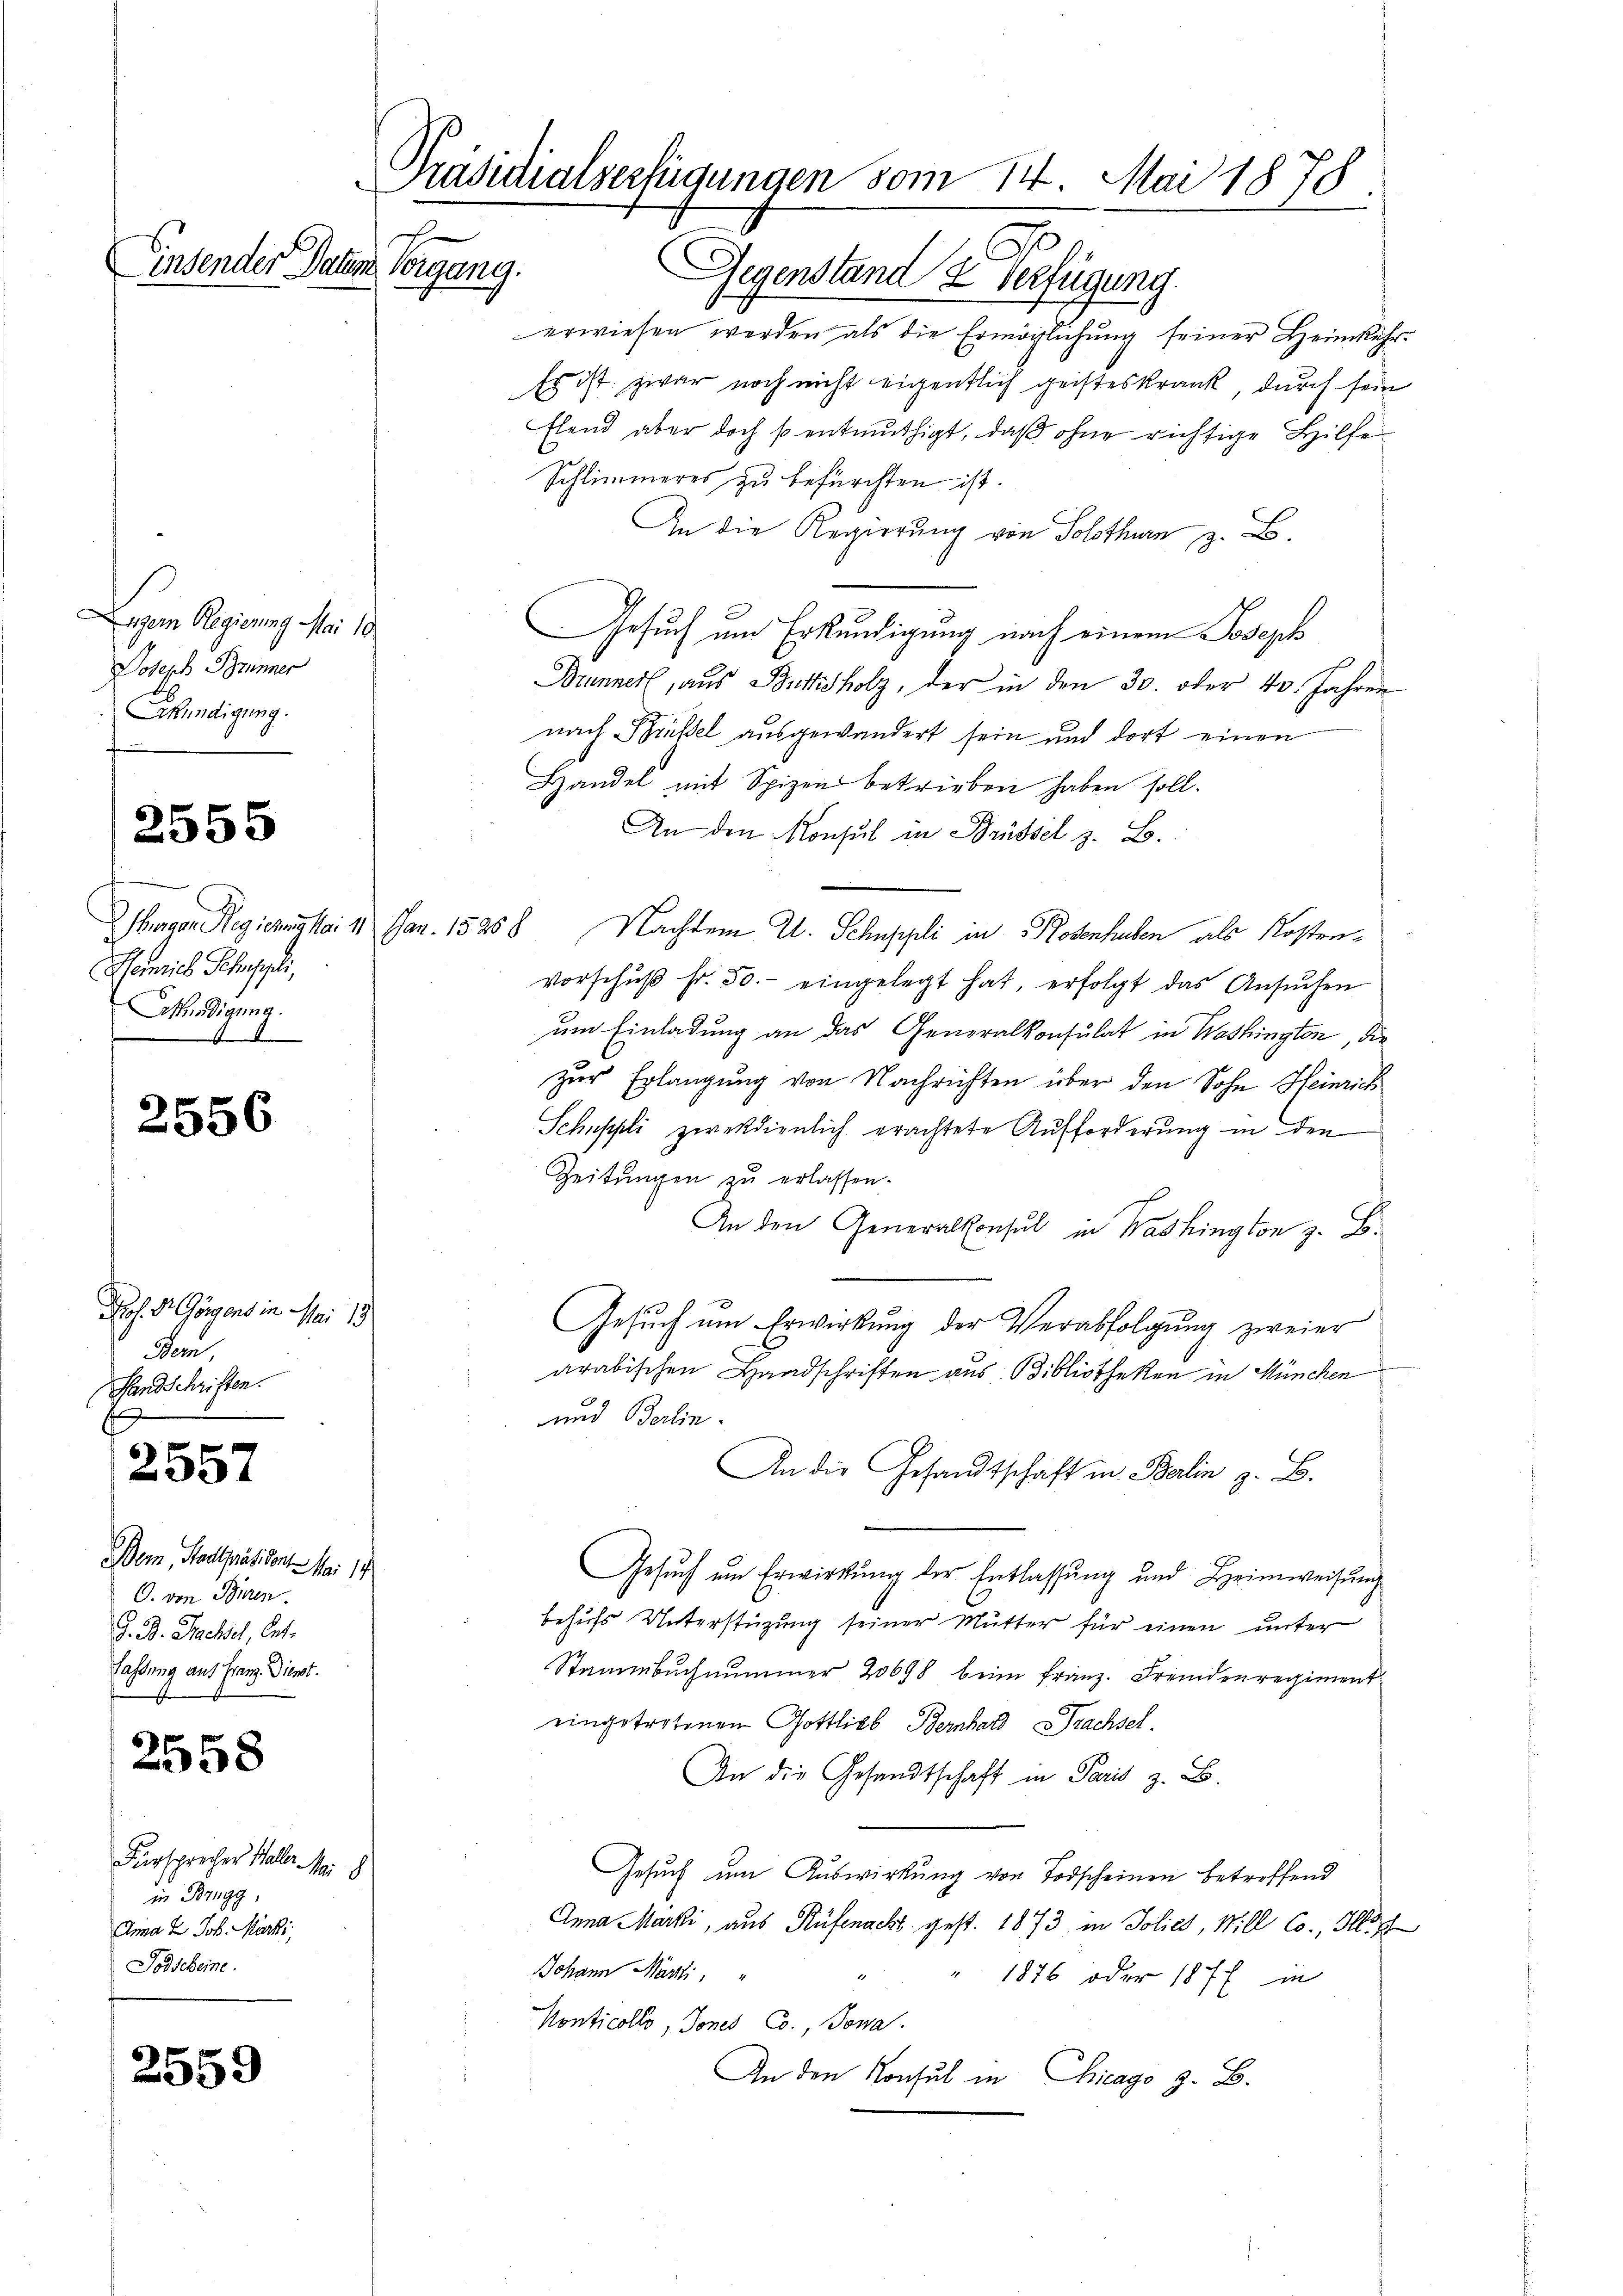
Ligem Regierung Mai 18
Joseph Brünner
Skündigung.

Präsidialsertigungen vom 14. Mai 1878
J
insender Datum Vorgang.

2555

Remich Schuppli,
Atledigung.

2556

Prof. Dr. Görgens in Mai 19
Bem,
Handschriften.
E

2557

Bem, Stadtpräsident. Mai 19
O. von Büren.
G. B. Nachsel, Cat.
lassung aus Franz. Dienst.

2558

Fürsprecher Waller. Mai 8
in Brugg,
Anna & Joh. Marki,
Todscheine.

2559

Gegenstand & Verfügung.
erwiesen werden als die Ermöglichung seiner Heimkehr¬
Es ist zwar noch nicht eigentlich geisteskrank, durch sein
Elend aber doch so entmuthigt, daß ohne richtige Hilfe
Schlimmeres zu befürchten ist.
An die Regierung von Solothurn, z. B.
Gesuch um Erkundigung nach einem Joseph
Brunner, aus Buchholz, der in den 30. oder 40. Jahren
nach Brüssel ausgewandert sein und dort einen
Handel mit Spizen betrieben haben soll.
An den Monsul in Brüssel z. B.
hagen Regierungsa: 4. Jan. 15258 Nachdem U. Schuppli in Rosenhaben als Kosten¬
Vorschŭβ fr. 50.- eingelegt hat, erfolgt das Ansŭchen
um Einladung an das Generalkonsulat in Washington, die
zur Erlangung von Nachrichten über den Sohn Heinrich
Schuppli zweckdienlich erachtete Aufforderung in den
Zeitungen zu erlassen.
An den Generalkonsul in Washington z. B.
Gesuch um Erwirkung der Verabfolgung zweier
arabischen Handschriften aus Bibliotheken in München
und Berlin.
An die Gesandtschaft in Balin z. B.
Gesuch um Erwirkung der Entlassung und Heimweisung
behufs Unterstüzung seiner Mutter für einen unter
Stammbuchnummer 20698 beim Franz. Fremdenregimenteingetretenen Gottlieb Bernhard Brachsel.
In die Gesandtschaft in Paris z. B.
Gesuch um Auswirkung von Todscheinen betreffend
Anna Marki, aus Rüfenacht gest. 1873 in Polics, Will Co., Ill.
Johann Marti,
1876 oder 1877 in
Nonticolle, Tones Co., Jowa
An den Konsul in Chicago z. B.